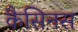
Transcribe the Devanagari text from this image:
कैसिनस